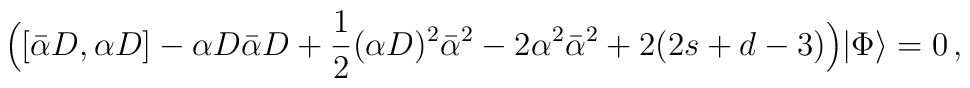
\Bigl([\bar{\alpha}D,\alpha D]-\alpha D\bar{\alpha}D+\frac{1}{2}(\alpha D)^2\bar{\alpha}^2-2\alpha^2\bar{\alpha}^2+2(2s+d-3)\Bigr)|\Phi\rangle=0\,,